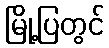
မြို့ပြတွင်